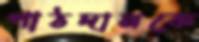
পাঠদানকে